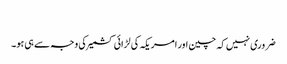
​
ضروری نہیں کہ چین اور امریکہ کی لڑائی کشمیر کی وجہ سے ہی ہو۔